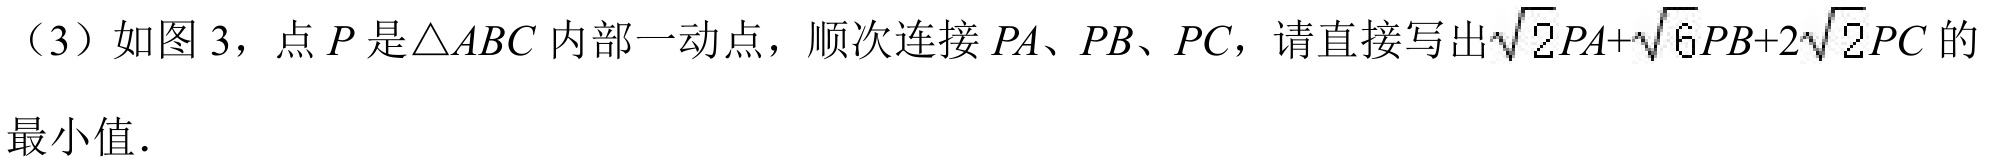
（3）如图 3，点 \(P\) 是\(\triangle ABC\) 内部一动点，顺次连接 \(PA\)、\(PB\)、\(PC\)，请直接写出\(\sqrt{2}PA+\sqrt{6}PB + 2\sqrt{2}PC\) 的最小值．